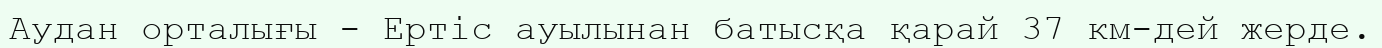
Аудан орталығы - Ертіс ауылынан батысқа қарай 37 км-дей жерде.